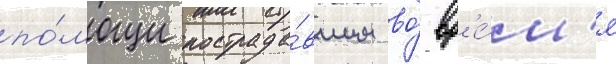
по́мощи пострада́вшим во́ вр'е́м'я